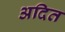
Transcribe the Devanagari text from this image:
अदित